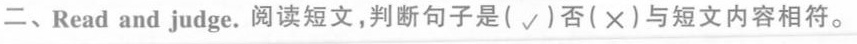
二、Read and judge.阅读短文,判断句子是(\surd)否(×)与短文内容相符.